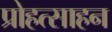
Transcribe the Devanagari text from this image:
प्रोहत्साहन